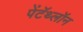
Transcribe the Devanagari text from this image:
पेंटॅथ्लॉन